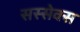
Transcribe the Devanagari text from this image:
सस्सेक्स